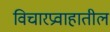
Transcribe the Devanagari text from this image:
विचारप्रवाहातील